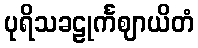
ပုရိသခဠုင်္ကဈာယိတံ